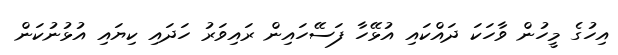
އިހުގެ މީހުން ވާހަކަ ދައްކައި އުޅޭހާ ފަސޭހައިން ރައިވަރު ހަދައި ކިޔައި އުޅުނުކަން